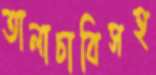
তালাচাবিসহ